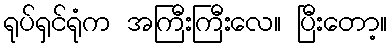
ရုပ်ရှင်ရုံက အကြီးကြီးလေ။ ပြီးတော့။